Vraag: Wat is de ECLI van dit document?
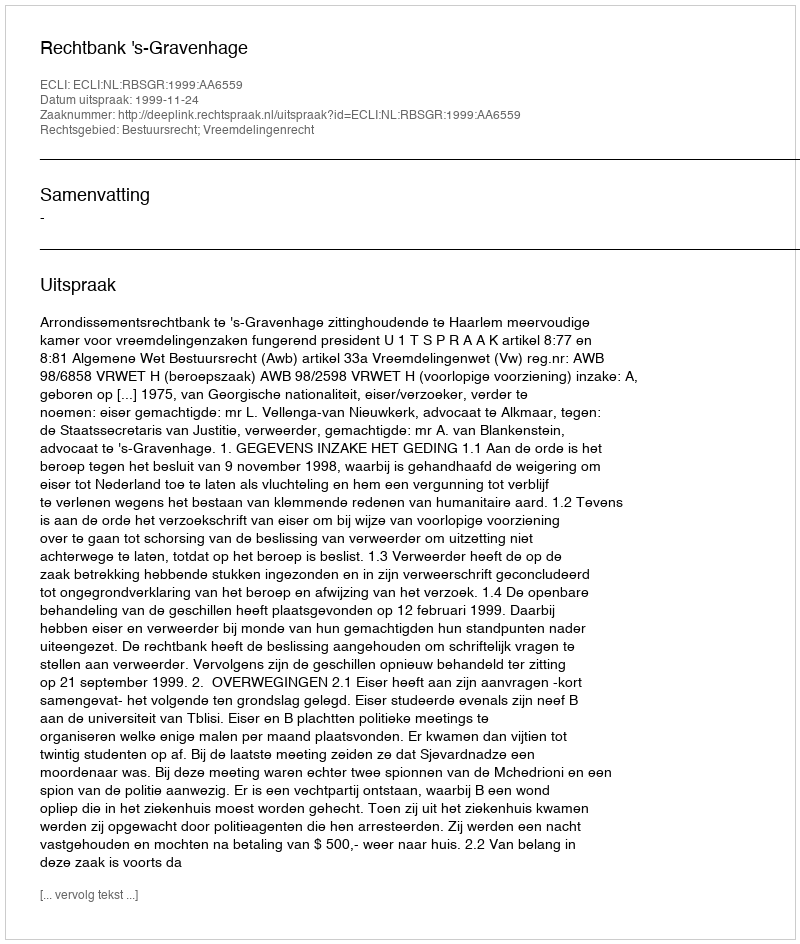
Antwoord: ECLI:NL:RBSGR:1999:AA6559